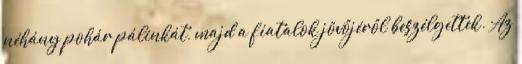
néhány pohár pálinkát, majd a fiatalok jövőjéről beszélgettek. Az